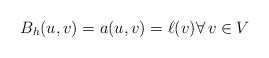
\begin{align*} B_h(u,v) = a (u,v) = \ell(v) \forall\, v \in V \end{align*}